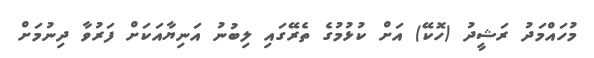
މުހައްމަދު ރަޝީދު (ހޮކޭ) އަށް ކުޅުމުގެ ތެރޭގައި ލިބުނު އަނިޔާއަކަށް ފަރުވާ ދިނުމަށް